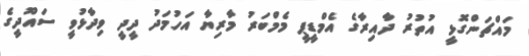
މައްޗަންގޮޅީ އުތުރު ދާއިރާގެ އެމްޑީޕީ މެމްބަރު މާރިޔާ އަހުމަދު ދީދީ ވިދާޅުވީ ސައޫދީގެ